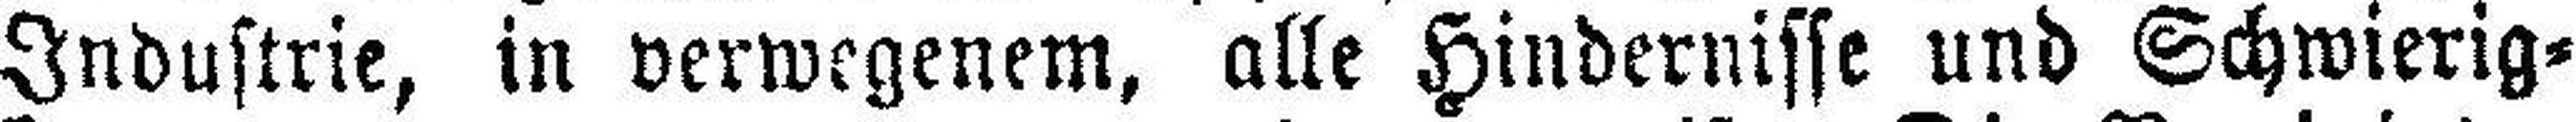
Industrie, in verwegenem, alle Hindernisse und Schwierig¬